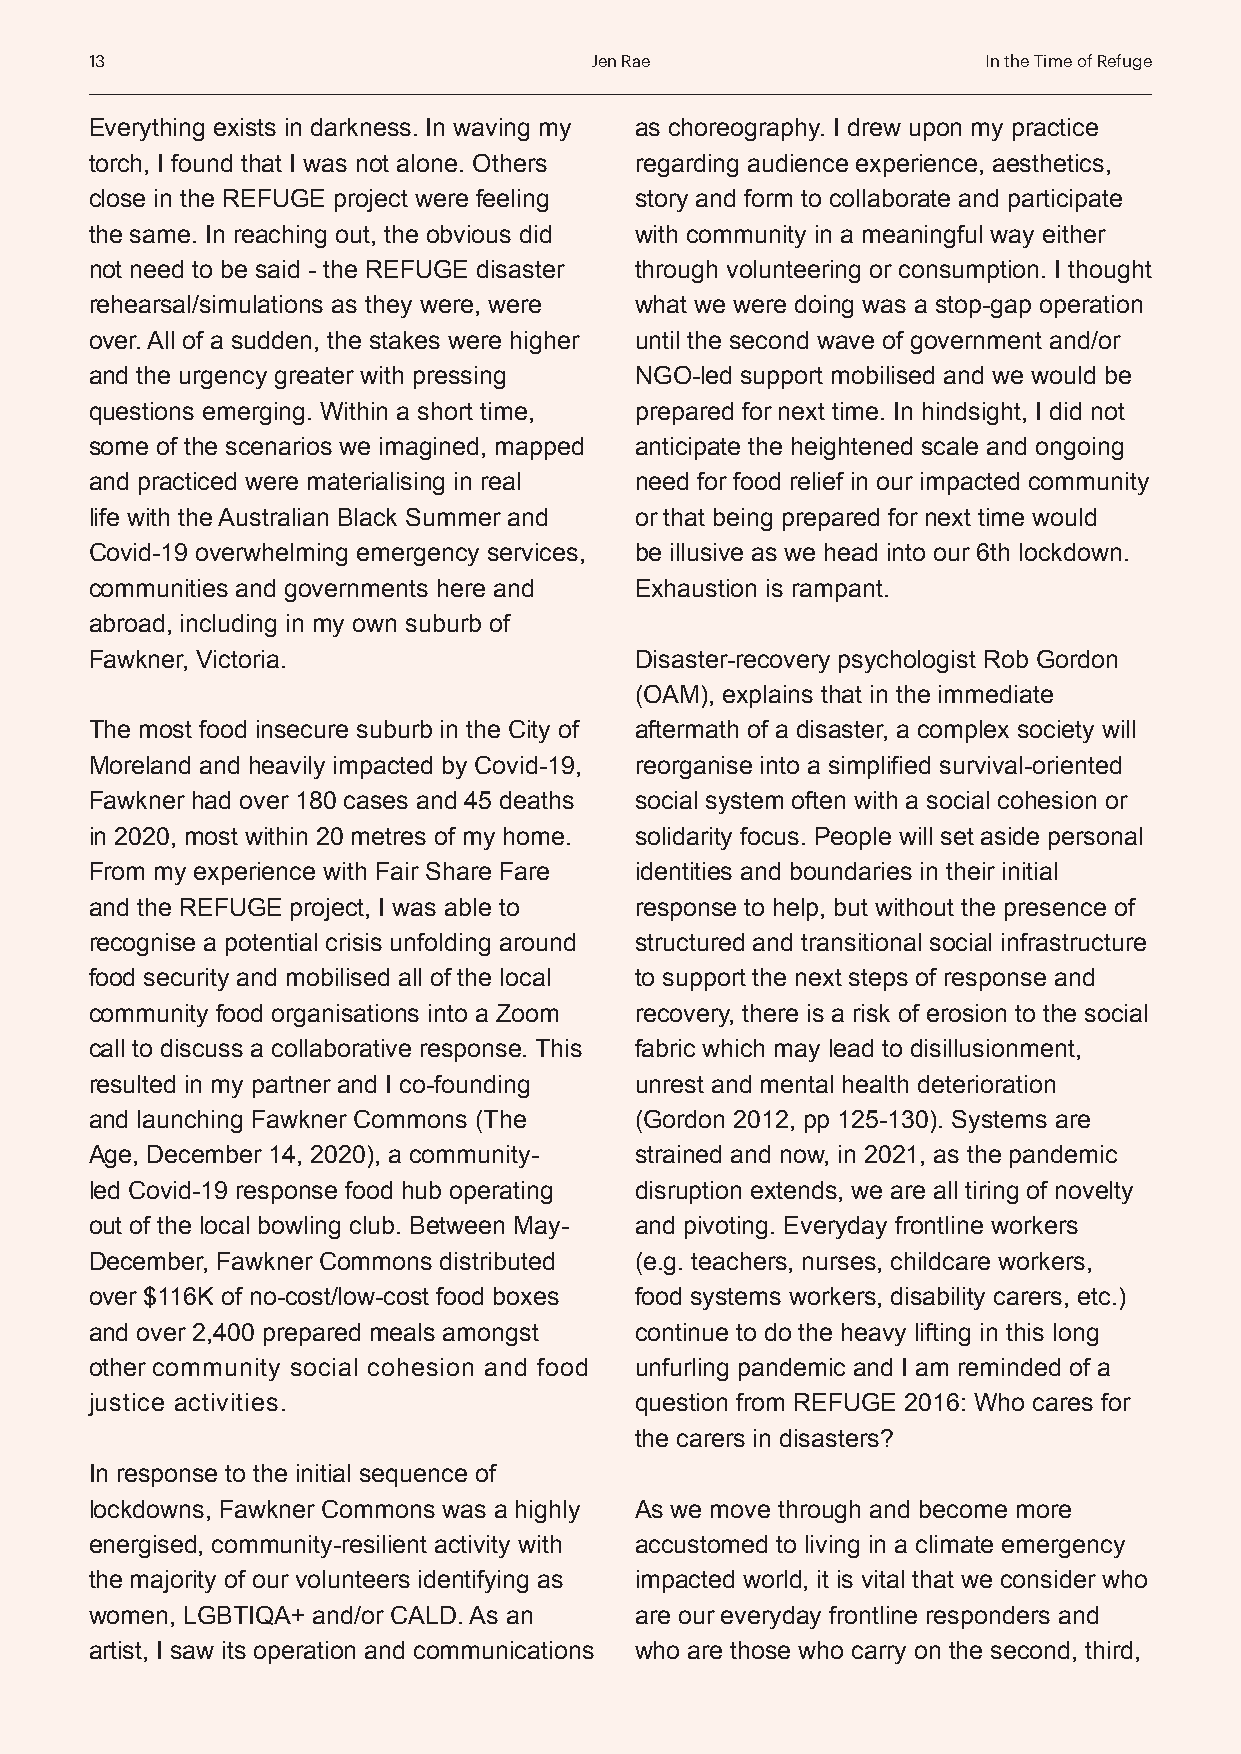
13                               Jen Rae                   In the Time of Refuge
 Everything exists in darkness. In waving my as choreography. I drew upon my practice
 torch, I found that I was not alone. Others regarding audience experience, aesthetics,
 close in the REFUGE project were feeling story and form to collaborate and participate
 the same. In reaching out, the obvious did with community in a meaningful way either
 not need to be said - the REFUGE disaster through volunteering or consumption. I thought
 rehearsal/simulations as they were, were what we were doing was a stop-gap operation
 over. All of a sudden, the stakes were higher until the second wave of government and/or
 and the urgency greater with pressing NGO-led support mobilised and we would be
 questions emerging. Within a short time, prepared for next time. In hindsight, I did not
 some of the scenarios we imagined, mapped anticipate the heightened scale and ongoing
 and practiced were materialising in real need for food relief in our impacted community
 life with the Australian Black Summer and or that being prepared for next time would
 Covid-19 overwhelming emergency services, be illusive as we head into our 6th lockdown.
 communities and governments here and Exhaustion is rampant.
 abroad, including in my own suburb of
 Fawkner, Victoria.                  Disaster-recovery psychologist Rob Gordon
 (OAM), explains that in the immediate
 The most food insecure suburb in the City of aftermath of a disaster, a complex society will
 Moreland and heavily impacted by Covid-19, reorganise into a simplified survival-oriented
 Fawkner had over 180 cases and 45 deaths social system often with a social cohesion or
 in 2020, most within 20 metres of my home. solidarity focus. People will set aside personal
 From my experience with Fair Share Fare identities and boundaries in their initial
 and the REFUGE project, I was able to response to help, but without the presence of
 recognise a potential crisis unfolding around structured and transitional social infrastructure
 food security and mobilised all of the local to support the next steps of response and
 community food organisations into a Zoom recovery, there is a risk of erosion to the social
 call to discuss a collaborative response. This fabric which may lead to disillusionment,
 resulted in my partner and I co-founding unrest and mental health deterioration
 and launching Fawkner Commons (The  (Gordon 2012, pp 125-130). Systems are
 Age, December 14, 2020), a community- strained and now, in 2021, as the pandemic
 led Covid-19 response food hub operating disruption extends, we are all tiring of novelty
 out of the local bowling club. Between May- and pivoting. Everyday frontline workers
 December, Fawkner Commons distributed (e.g. teachers, nurses, childcare workers,
 over $116K of no-cost/low-cost food boxes food systems workers, disability carers, etc.)
 and over 2,400 prepared meals amongst continue to do the heavy lifting in this long
 other community social cohesion and food unfurling pandemic and I am reminded of a
 justice activities.                 question from REFUGE 2016: Who cares for
 the carers in disasters?
 In response to the initial sequence of
 lockdowns, Fawkner Commons was a highly As we move through and become more
 energised, community-resilient activity with accustomed to living in a climate emergency
 the majority of our volunteers identifying as impacted world, it is vital that we consider who
 women, LGBTIQA+ and/or CALD. As an  are our everyday frontline responders and
 artist, I saw its operation and communications who are those who carry on the second, third,